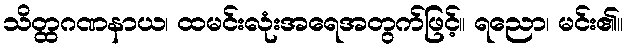
သိတ္ထဂဏနာယ၊ ထမင်းလုံးအရေအတွက်ဖြင့်။ ရညော၊ မင်း၏။